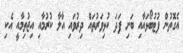
އެގޮތުން ފުޓުބޯޅައާއި ބަށި ފަދަ ކުޅިވަރުތައް ދިރުވައި އާލާ ކުރުމާއި އިޖުތިމާއީ އެކި